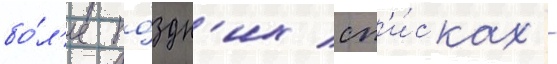
бо́л'ее по́здн'их сп'и́сках -